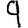
Digit: 9